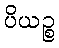
ပိယဉ္စ